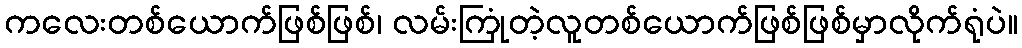
ကလေးတစ်ယောက်ဖြစ်ဖြစ်၊ လမ်းကြုံတဲ့လူတစ်ယောက်ဖြစ်ဖြစ်မှာလိုက်ရုံပဲ။